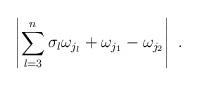
LaTeX: \begin{align*} \left|\sum_{l=3}^n\sigma_l\omega_{j_l}+\omega_{j_1}-\omega_{j_2}\right|\ .\end{align*}